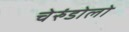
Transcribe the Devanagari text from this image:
चेरुंडोलो